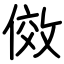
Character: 傚